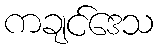
ကချင်ဒေသ